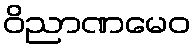
ဝိညာဏမေဝ